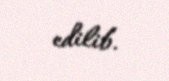
edilib.